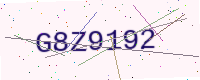
Text: G8Z9192